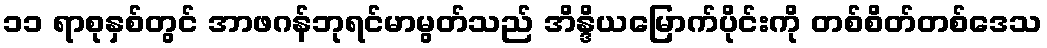
၁၁ ရာစုနှစ်တွင် အာဖဂန်ဘုရင်မာမွတ်သည် အိန္ဒိယမြောက်ပိုင်းကို တစ်စိတ်တစ်ဒေသ